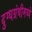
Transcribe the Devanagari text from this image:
दुग्धग्रंथीमध्ये